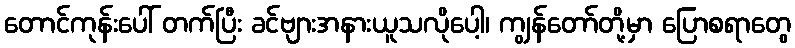
တောင်ကုန်းပေါ် တက်ပြီး ခင်ဗျားအနားယူသလိုပေါ့၊ ကျွန်တော်တို့မှာ ပြောစရာတွေ